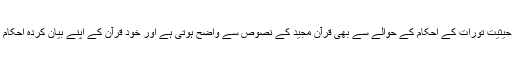
خدا کے 'حکم' کی یہ حیثیت تورات کے احکام کے حوالے سے بھی قرآن مجید کے نصوص سے واضح ہوتی ہے اور خود قرآن کے اپنے بیان کردہ احکام کے حوالے سے بھی۔